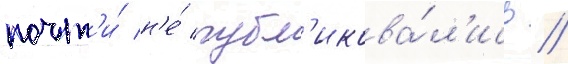
почт'и́ н'е́ публ'икова́л'ись //